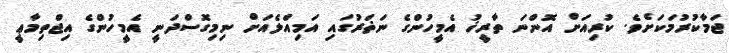
ޖަމާކުރުމަކަށެވެ. ކުރިއަށް އޮންނަ ތާރީޚު އެމީހުންގެ ނަޡަރުގައި އަމިއްލެއަށް ނިމިގޮސްދަނީ އެމީހުންގެ އިޖްތިމާޢީ